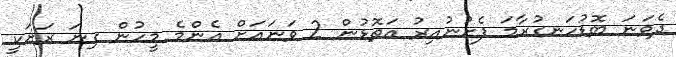
ދެވަނަ ބޮޑުހަނގުރާމަ ފެށުނުއިރު އަތޮޅުން 2 ވަނައަށް އެންމެ މީހުން ގިނަ ރަށަކީ